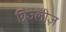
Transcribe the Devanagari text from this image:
ग्रिज्लीज़